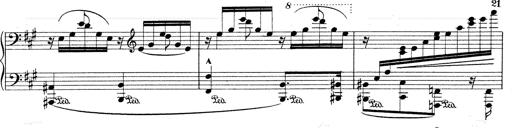
Title: Mephisto Waltz No.1
Composer: Franz Liszt